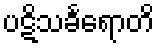
ပဋိသင်္ခရောတိ